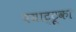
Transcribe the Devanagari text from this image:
पयाट्टूका